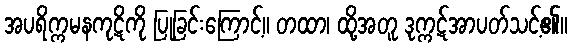
အပရိက္ကမနကုဋိကို ပြုခြင်းကြောင့်။ တထာ၊ ထို့အတူ ဒုက္ကဋ်အာပတ်သင့်၏။